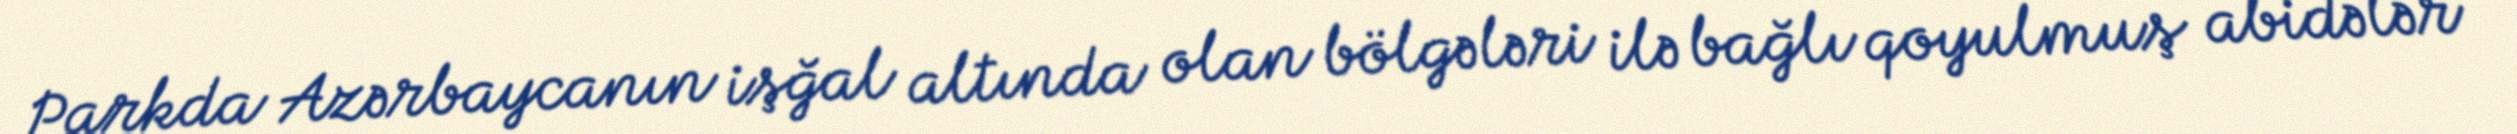
Parkda Azərbaycanın işğal altında olan bölgələri ilə bağlı qoyulmuş abidələr